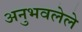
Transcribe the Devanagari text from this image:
अनुभवलेले